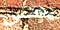
يعتنى